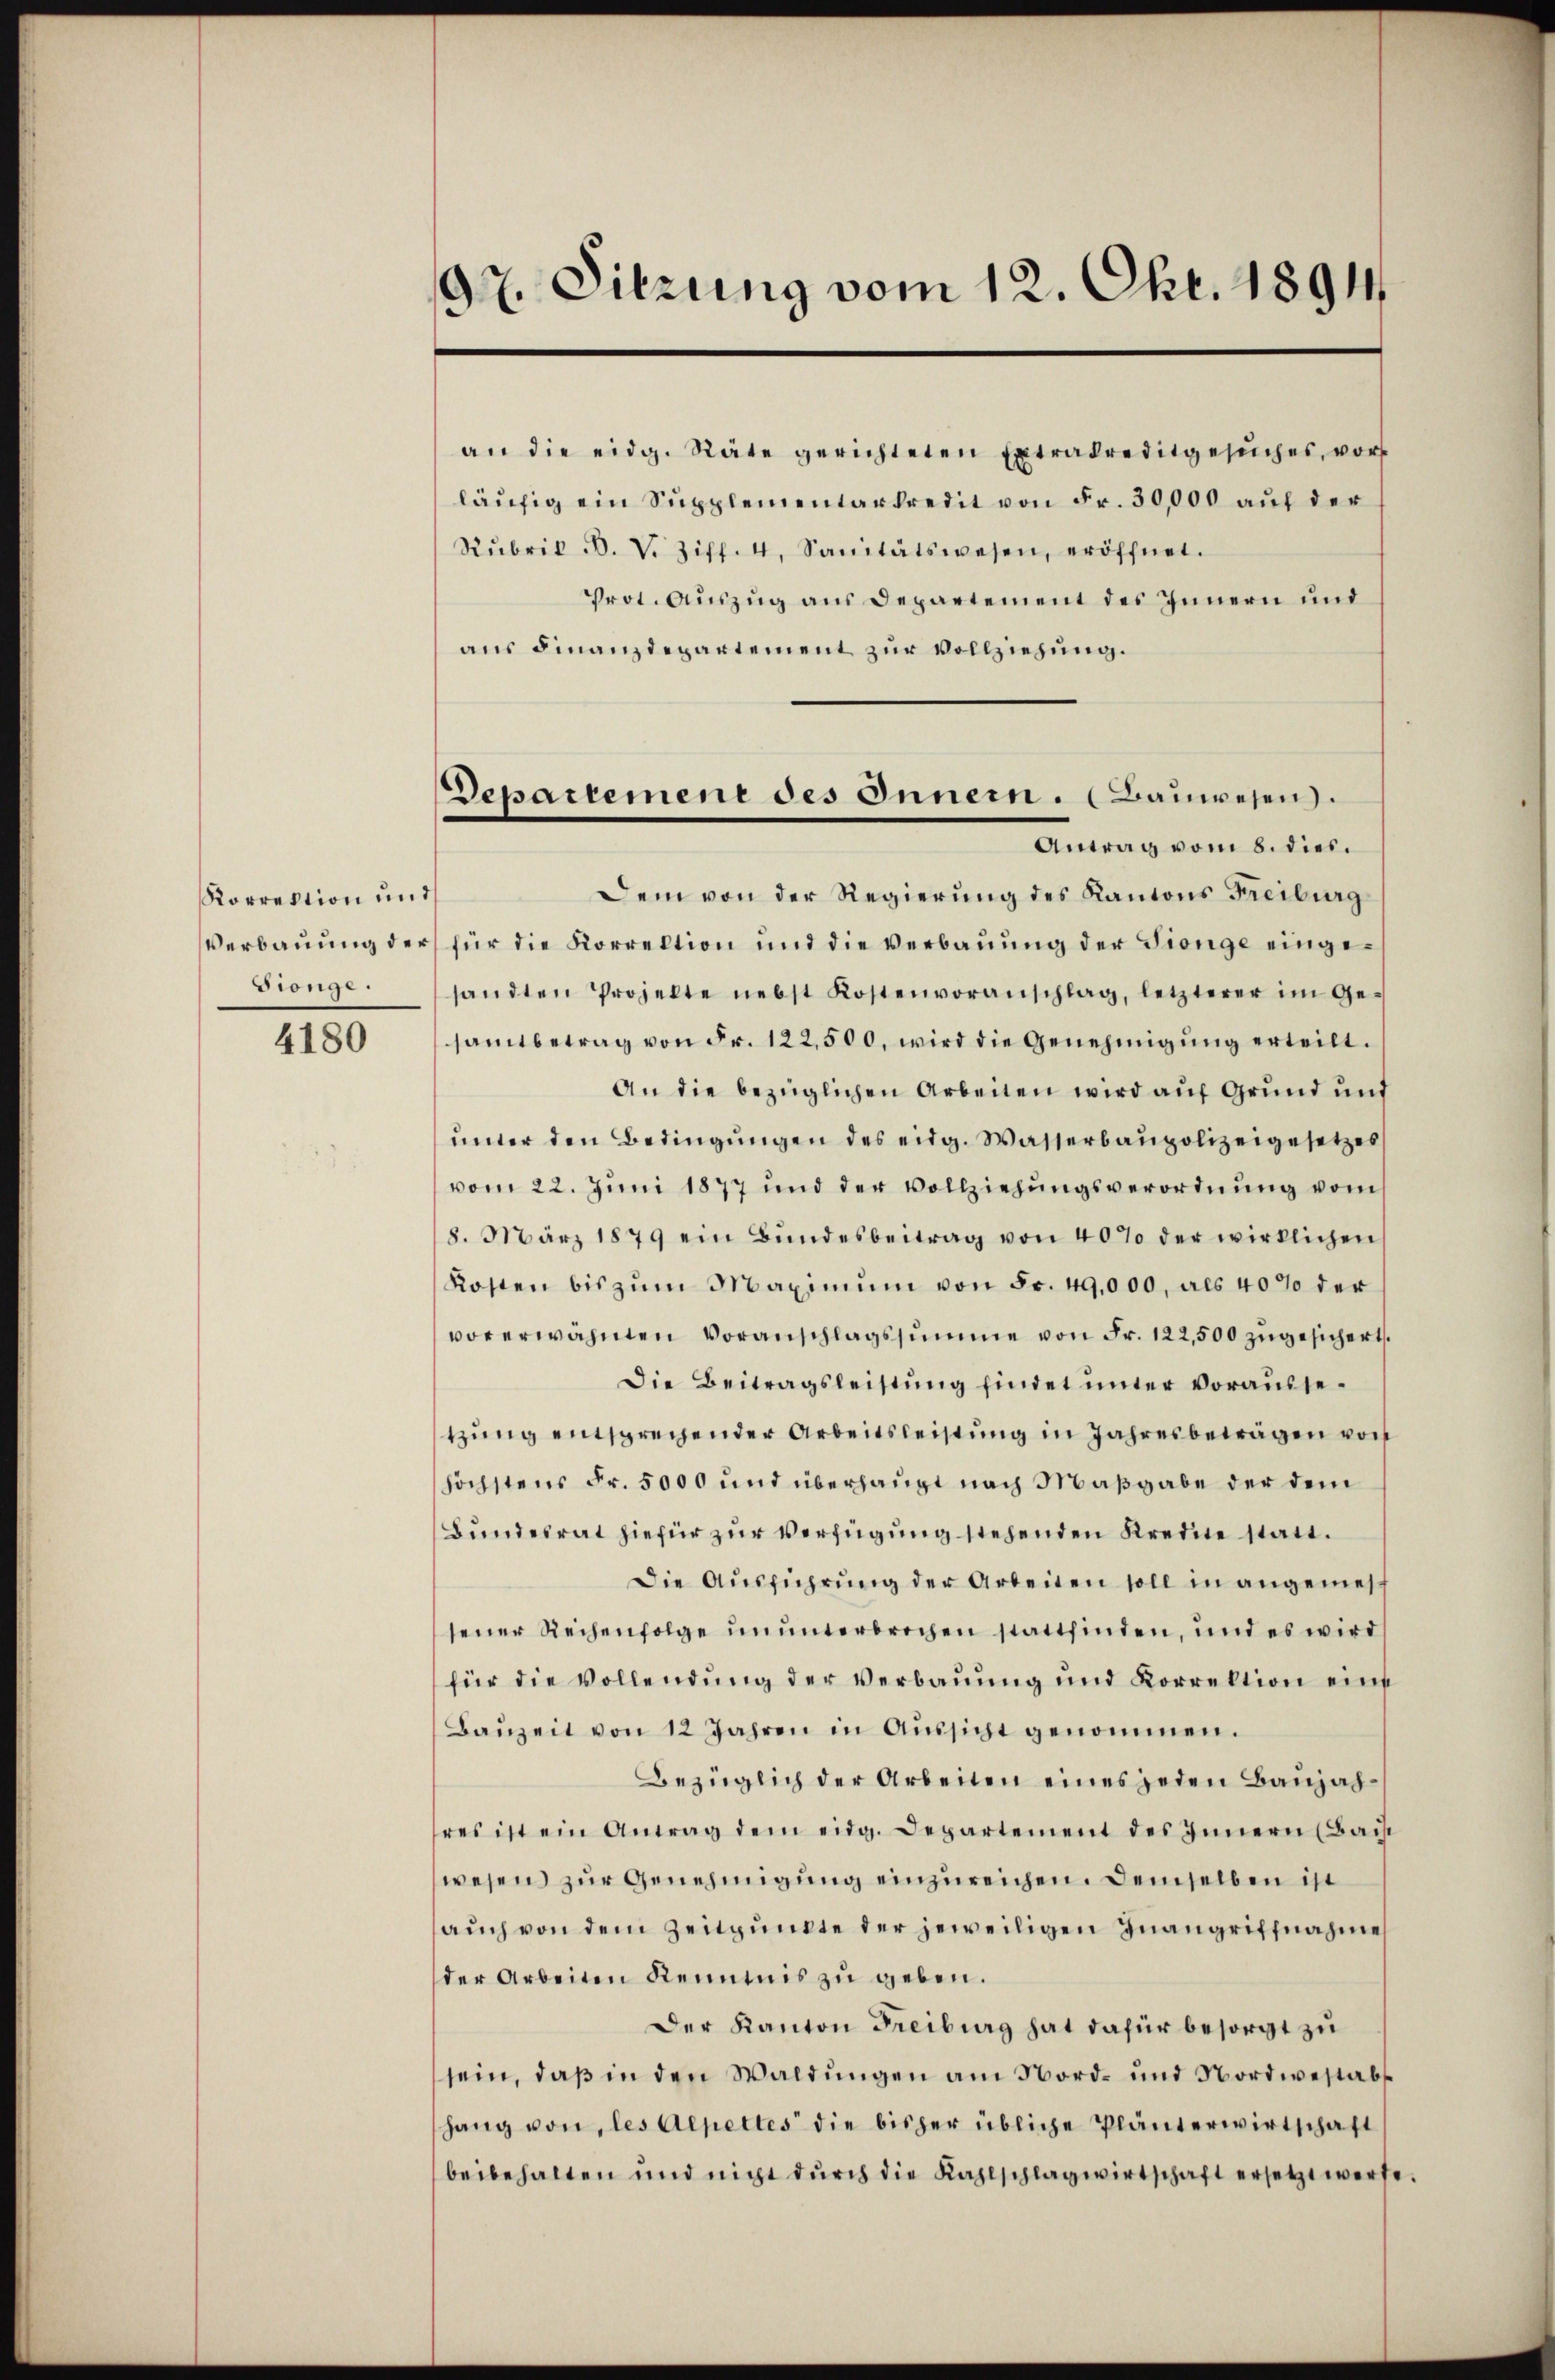
Korrektion und
Drönge.

4180

97. Sitzung vom 12. Okt. 1891

Departemene des Innern. (Bauwesen.
Antrag vom 8. dies.

an die eidg. Räte gerichteten Extradreditgesuches, vor
läŭfig ein Supplementarkredit von Fr. 30,000 aŭf der
Nŭbrik Bd. V. Ziff. 4, Sanitätswesen, eröffnet.
Prot. Auszug aus Departement des Innern und
aus Finanzdepartement zur Vollziehung.
Dem von der Regierung des Kantons Freiburg
Verbaŭŭng der für die Korrektion und die Verbaŭŭng der Sienge einge-
sandten Projekte nebst Kostenvoranschlag, letzterer im Ge-
samtbetrag von Fr. 122,500. wird die Genehmigŭng erteilt.
An die bezüglichen Arbeiten wird auf Grund und
ŭnter den Bedingŭngen des eidg. Wasserbaupolizeigesetzes
vom 22. Juni 1877 und der Vollziehungsverordnung vom
8. März 1879 ein Bŭndesbeitrag von 40% der wirklichen
Kosten bis zŭm Maximŭm von Fr. 49,000, als 40% der
vorerwähnten Voranschlagssumme von Fr. 122,500 zugesichert.
Die Beitragsleistung findet unter voraussetzung entsprechender Arbeitsleistung in Jahresbeträgen von
höchstens Fr. 5000 und überhaupt nach Maßgabe der dem
Bundesrat hiefür zur Verfügung stehenden Kreine statt.
Die Ausführung der Arbeiten soll in angemessener Reihenfolge ununterbrochen stattfinden, und es wird
für die Vollendŭng der Verbaŭŭng und Korrektion eine
Baŭzeit von 12 Jahren in Aŭssicht genommen.
Bezüglich der Arbeiten eines jeden Baujahhres ist ein Antrag dem eidg. Departement des Innern (Bais
wesen zur Genehmigung einzureichen. Demselben ist
auch von dem Zeitpunkte der jeweiligen Inangriffnahme
der Arbeiten Kenntnis zu geben.
Der Kanton Freiburg hat dafür besorgt zu
sein, daß in den Waldungen am Nord- und Nordwestabs
hang von, les Alpettes die bisher übliche Plänterwirtschaft
beibehalten und nicht dŭrch die Kahlschlagwirtschaft ersetzt werde.